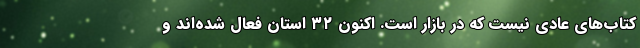
کتاب‌های عادی نیست که در بازار است. اکنون ۳۲ استان فعال شده‌اند و